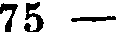
75 —